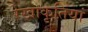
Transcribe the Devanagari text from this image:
रेखाकृतियां